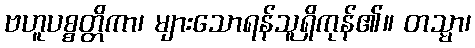
ဗဟူပစ္စတ္တိကာ၊ များသောရန်သူရှိကုန်၏။ တသ္မာ၊